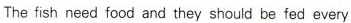
The fish need food and they should be fed every